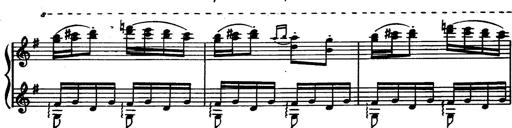
Title: Magyar rapszÃ³diÃ¡k
Composer: Franz Liszt